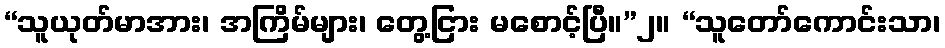
“သူယုတ်မာအား၊ အကြိမ်များ၊ တွေ့ငြား မစောင့်ပြီ။”၂။ “သူတော်ကောင်းသာ၊